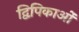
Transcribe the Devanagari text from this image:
द्विपिकाओं